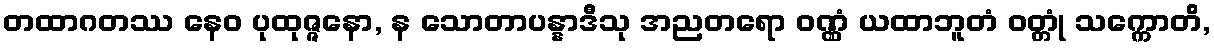
တထာဂတဿ နေဝ ပုထုဇ္ဇနော, န သောတာပန္နာဒီသု အညတရော ဝဏ္ဏံ ယထာဘူတံ ဝတ္တုံ သက္ကောတိ,